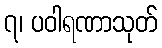
၇၊ ပဝါရဏာသုတ်